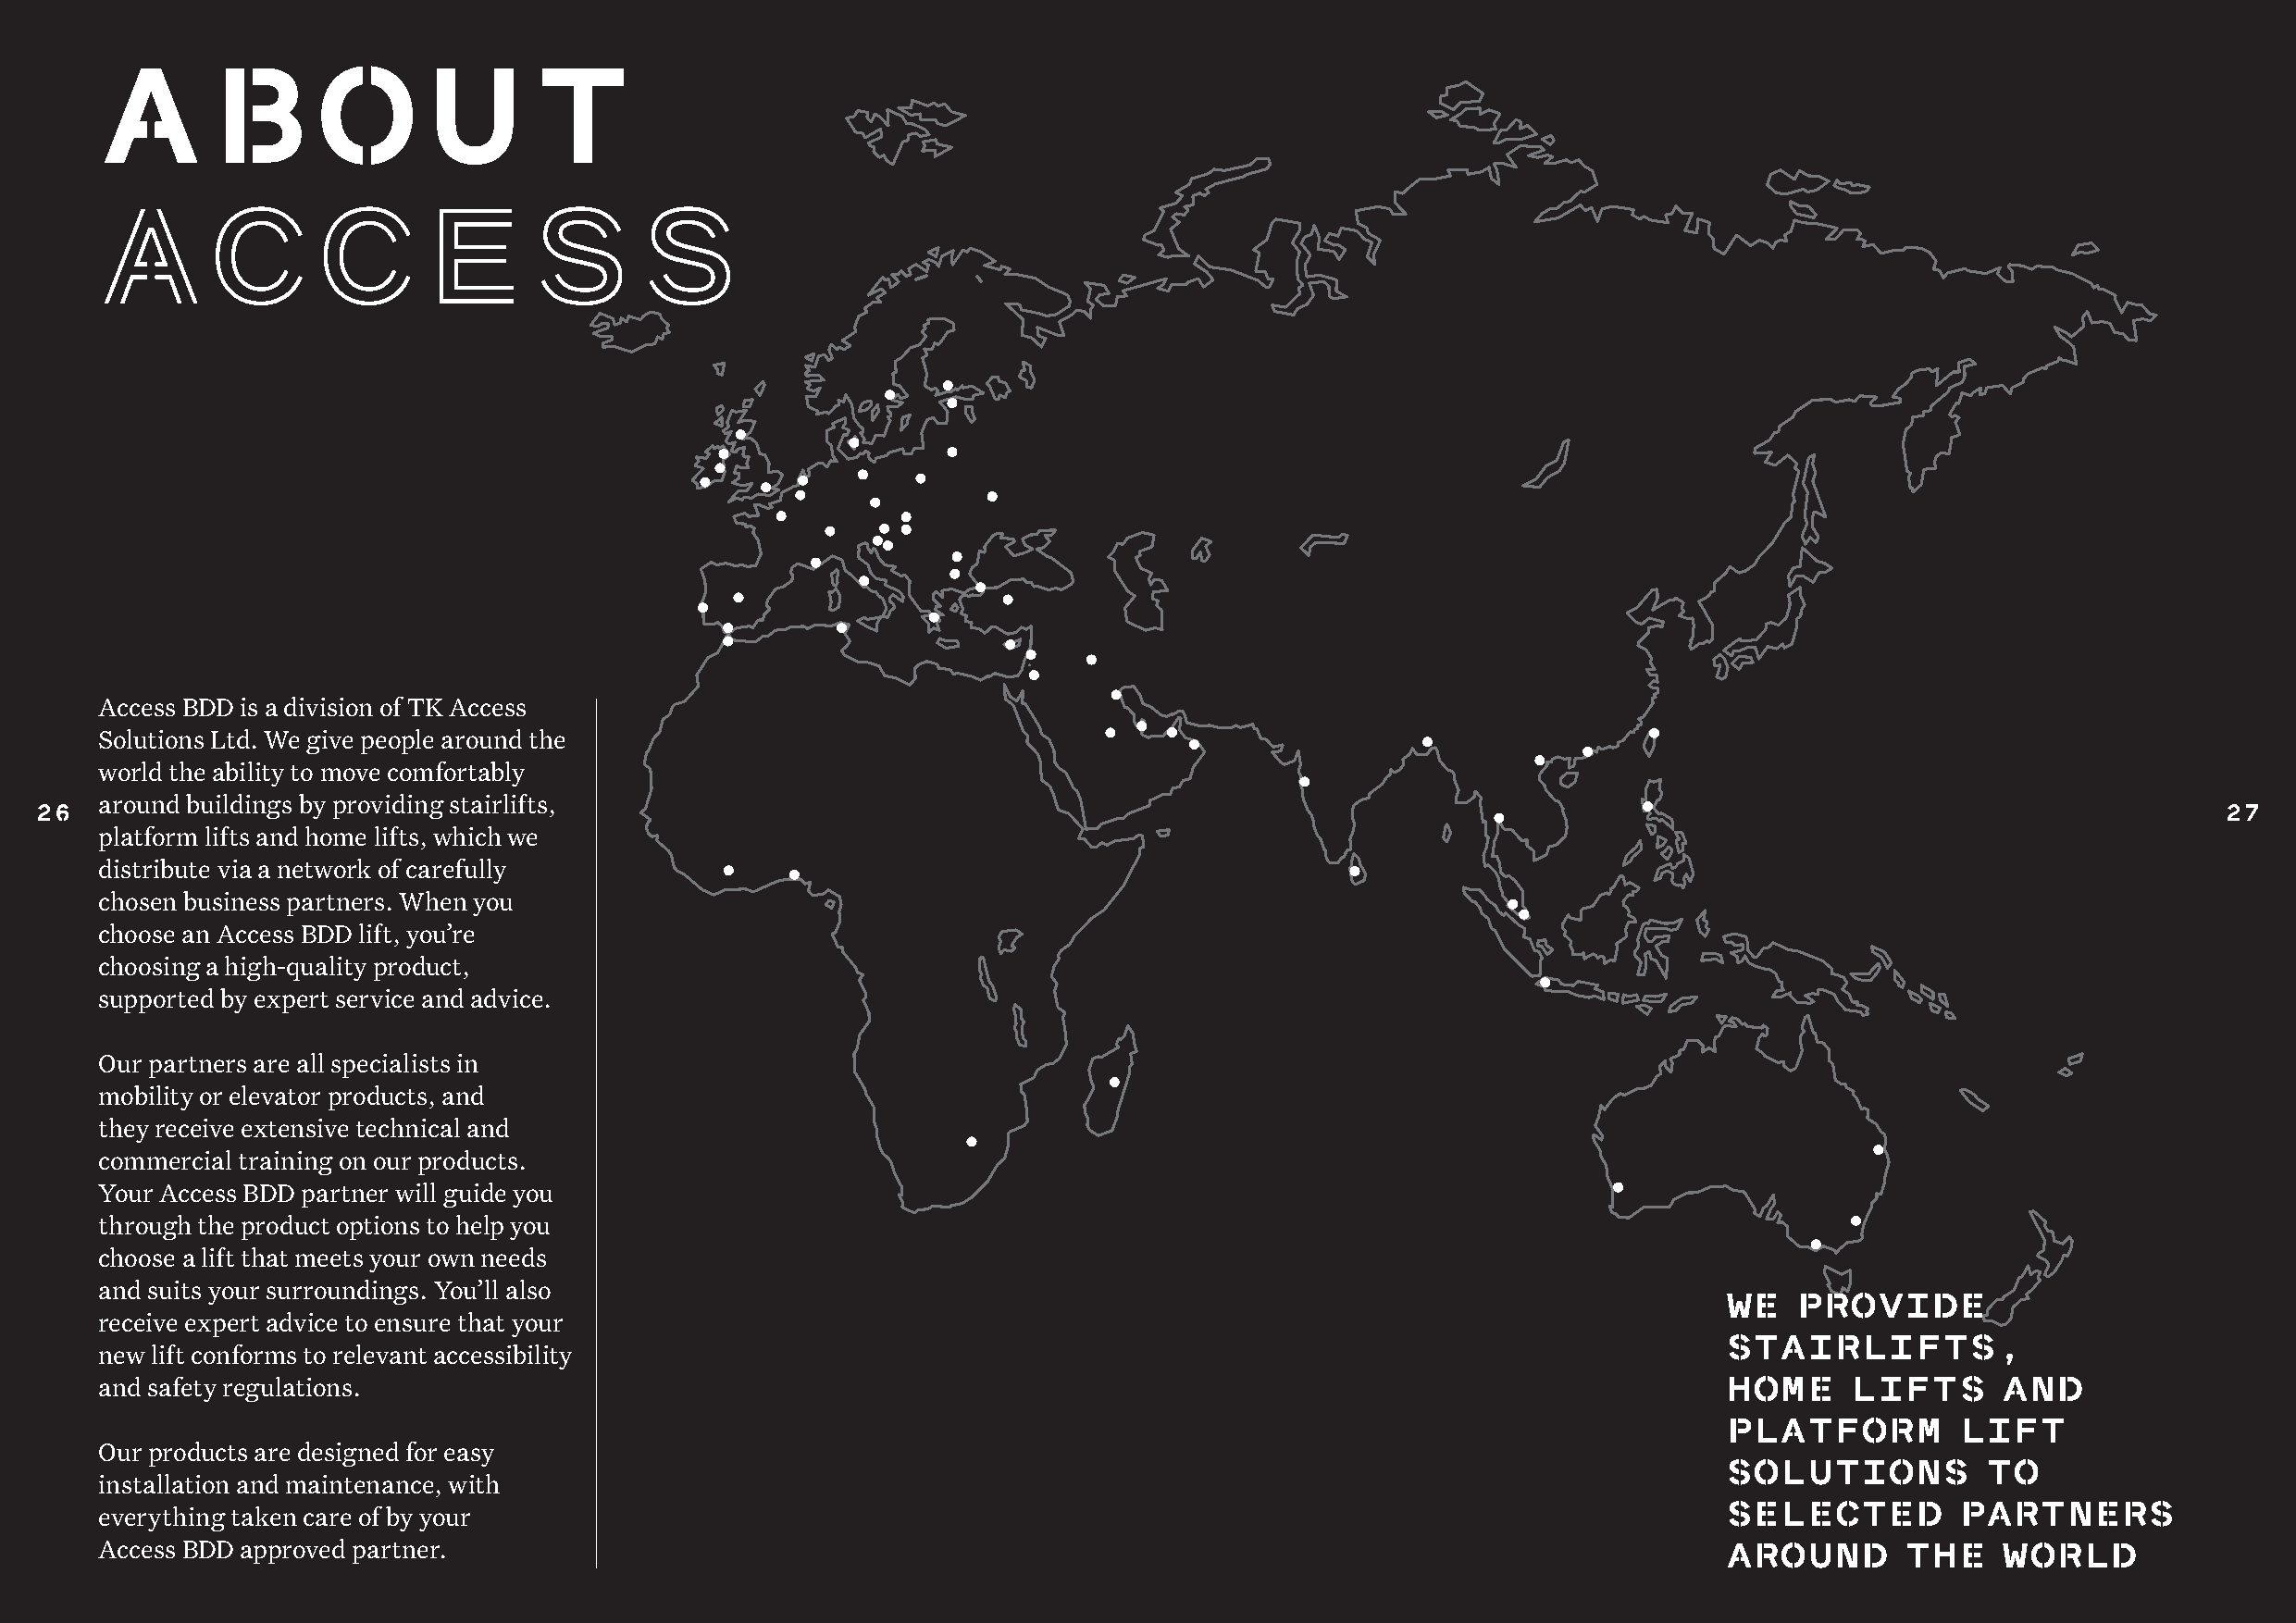
AbOuT
 aCCEss
 Access BDD is a division of TK Access
 Solutions Ltd. We give people around the
 world the ability to move comfortably
 around buildings by providing stairlifts,
 26                                                                                                                                                          27
 platform lifts and home lifts, which we
 distribute via a network of carefully
 chosen business partners. When you
 choose an Access BDD lift, you’re
 choosing a high-quality product,
 supported by expert service and advice.
 Our partners are all specialists in
 mobility or elevator products, and
 they receive extensive technical and
 commercial training on our products.
 Your Access BDD partner will guide you
 through the product options to help you
 choose a lift that meets your own needs
 and suits your surroundings. You’ll also
 WE   prOVidE
 receive expert advice to ensure that your
 STAirLiFTS,
 new lift conforms to relevant accessibility
 and safety regulations.                                                                                             hOME     LiFTS      ANd
 pLATFOrM         LiFT
 Our products are designed for easy
 SOLuTiONS          TO
 installation and maintenance, with
 everything taken care of by your                                                                                    SELEcTEd         pArTNErS
 Access BDD approved partner.                                                                                        ArOuNd       ThE    WOrLd